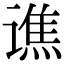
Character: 谯